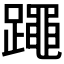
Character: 𰸯